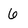
Character: 6